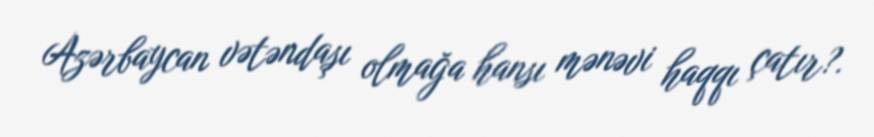
Azərbaycan vətəndaşı olmağa hansı mənəvi haqqı çatır?.